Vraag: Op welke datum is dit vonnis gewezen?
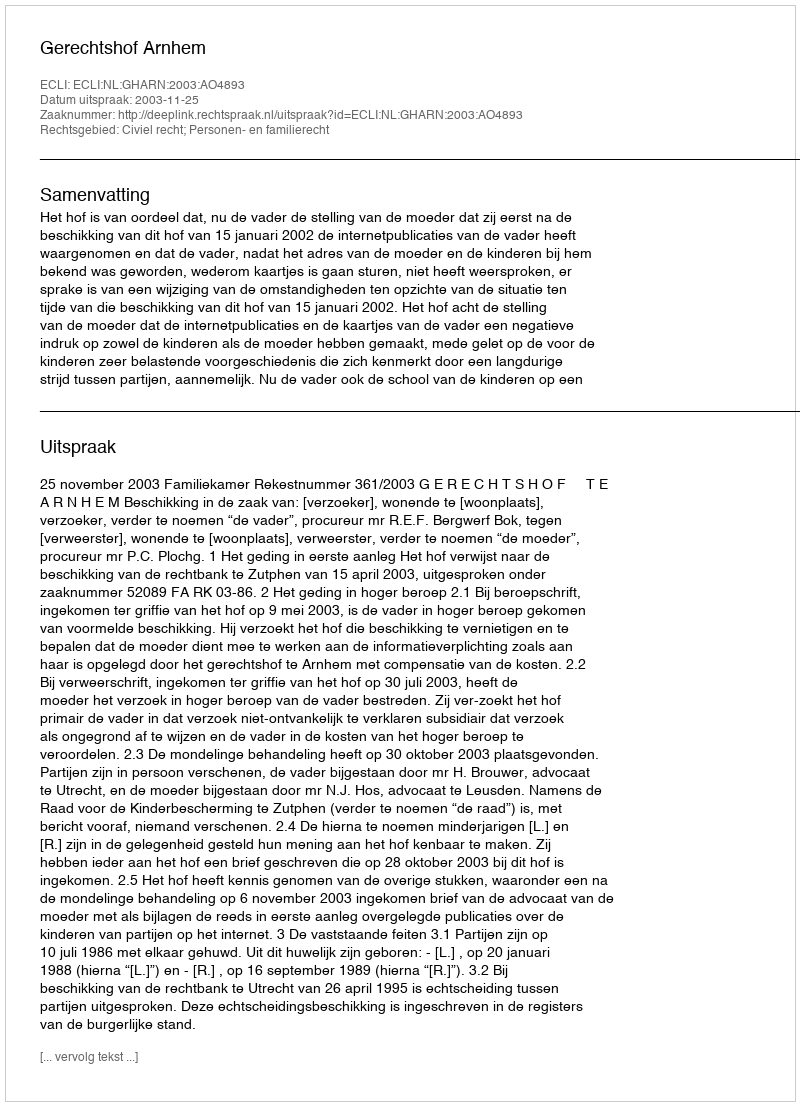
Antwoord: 2003-11-25